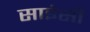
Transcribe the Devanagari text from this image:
साइंसी